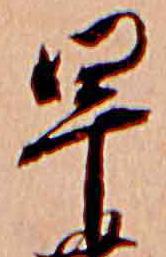
早